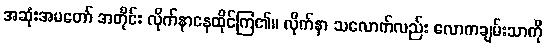
အဆုံးအမတော် အတိုင်း လိုက်နာနေထိုင်ကြ၏။ လိုက်နာ သလောက်လည်း လောကချမ်းသာကို